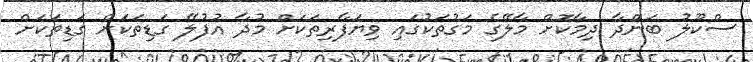
ސްކޫލު ބަންދާ ދިމާކޮށް މާލޭގެ މަގުތަކުގައި ވިޔަފާރިތަކަށް މުދާ އުފުލޭ ގަޑިތަކަށް ގަޑިތަކަށް